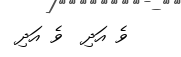
ވެ އަދި  ވެ އަދި